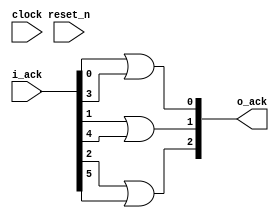
   `timescale 1ns / 1ps
 //////////////////////////////////////////////////////////////////////////////////
 // Company: 
 // 
 // Design Name: Ehsan Ghasemi
 // Module Name: Acknowledgement
 // Project Name: 
 // Target Devices: 
 // Tool Versions: 
 // Description: 
 // 
 // Dependencies: 
 // 
 // Revision:
 // Revision 0.01 - File Created
 // Additional Comments:
 // 
 // Assumptions:
 //  
 //   
 // Change log:
 //
 //////////////////////////////////////////////////////////////////////////////////
module acknowledgement #(
     parameter integer NUM_OF_REDUCERS = 2,
     parameter integer NUM_OF_PARTITIONERS = 3

     )(
       clock,
       reset_n,

       i_ack,
       o_ack


       );

   
   
   // INPUTS
   input clock,reset_n;//,enable; // enable is when !fifo_full

   input [(NUM_OF_REDUCERS*NUM_OF_PARTITIONERS)-1:0] i_ack;

   output reg [NUM_OF_PARTITIONERS-1:0] 		   o_ack;

   //reg 						   ack;
   
   
   integer 					   i, j;


   always @ (*)
     begin

	for (i = 0 ; i < NUM_OF_PARTITIONERS; i= i+1)
	  begin
        o_ack[i] = 0;
	     for ( j = 0 ; j < NUM_OF_REDUCERS; j = j+1)
	       begin
		      //if (i_ack[(j*NUM_OF_REDUCERS)+i] == 1'b1)
		        o_ack[i] = o_ack[i] | i_ack[(j*NUM_OF_PARTITIONERS)+i]; //1'b1;
		  
	       end
	     

	  end
	

     end

   

   
endmodule // acknowledgement